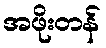
အဖိုးတန်